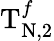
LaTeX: \mathrm{T}_{\mathrm{N},2}^{f}